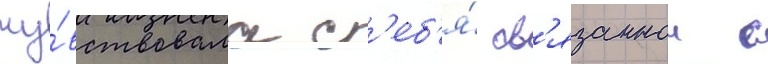
чу́вствовала с'еб'я́ св'язаннои с